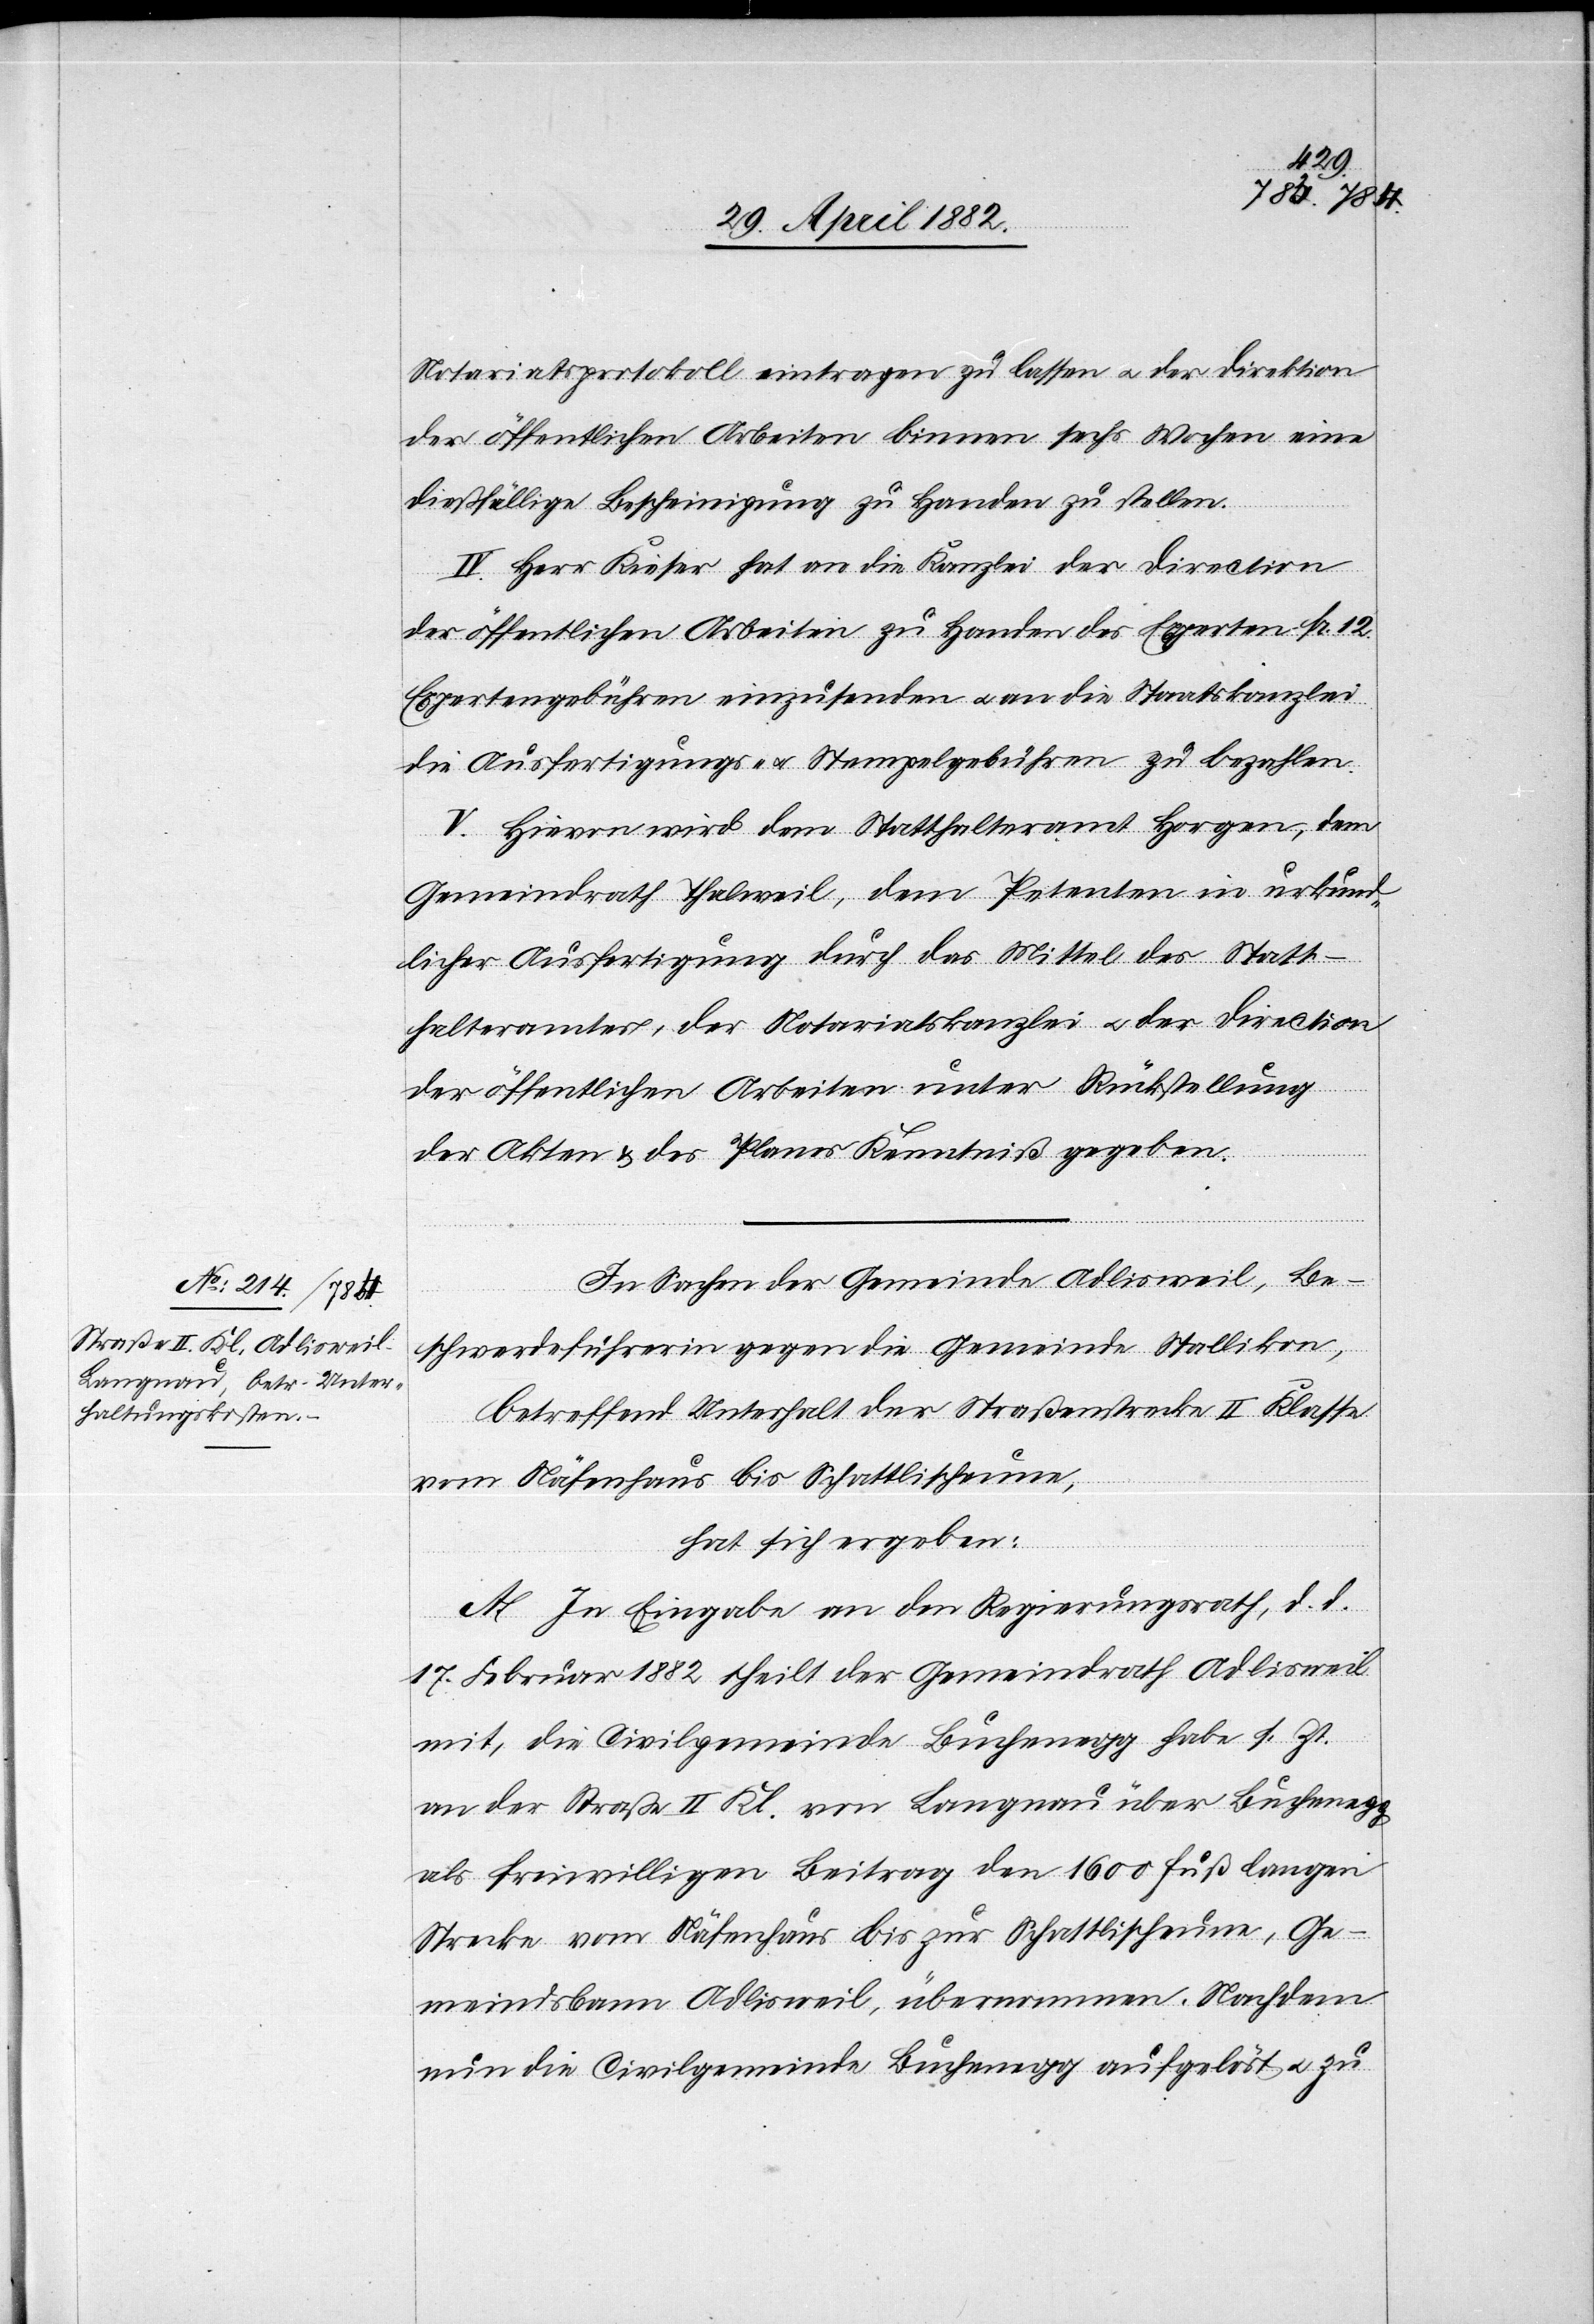
Notariatsprotokoll eintragen zu lassen u. der Direction
der öffentlichen Arbeiten binnen sechs Wochen eine
dießfällige Bescheinigung zu Handen zu stellen.
IV. Herr Kieser hat an die Kanzlei der Direction
der öffentlichen Arbeiten zu Handen des Experten Fr. 12
Expertengebühren einzusenden u. an die Staatskanzlei
die Ausfertigungs- u. Stempelgebühren zu bezahlen.
V. Hievon wird dem Statthalteramt Horgen, dem
Gemeindrath Thalweil, dem Petenten in urkund¬
licher Ausfertigung durch das Mittel des Statt¬
halteramtes, der Notariatskanzlei u. der Direction
der öffentlichen Arbeiten unter Rückstellung
der Akten & des Planes Kenntniß gegeben.
In Sachen der Gemeinde Adlisweil, Be¬
schwerdeführerin gegen die Gemeinde Stallikon,
betreffend Unterhalt der Straßenstrecke II. Klasse
vom Näfenhaus bis Schattlischeune,
hat sich ergeben:
A. In Eingabe an den Regierungsrath, d. d.
17. Februar 1882 theilt der Gemeindrath Adliswil
mit, die Civilgemeinde Buchenegg habe s. Zt.
als freiwilligen Beitrag den [recte: die] 1600 Fuß langen
Strecke vom Näfenhaus bis zur Schattlischeune, Ge¬
meindsbann Adlisweil, übernommen. Nachdem
nun die Civilgemeinde Buchenegg aufgelöst u. zu